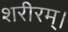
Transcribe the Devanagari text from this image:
शरीरम्।